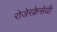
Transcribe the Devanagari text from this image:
रोजेरक्रेसेयी